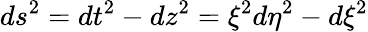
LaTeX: ds^{2}=dt^{2}-dz^{2}=\xi^{2}d\eta^{2}-d\xi^{2}